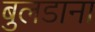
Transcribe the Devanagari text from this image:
बुलडाना